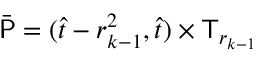
\bar { \mathsf P } = ( \hat { t } - r _ { k - 1 } ^ { 2 } , \hat { t } ) \times \mathsf T _ { r _ { k - 1 } }